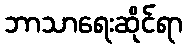
ဘာသာရေးဆိုင်ရာ